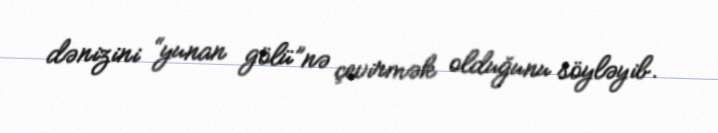
dənizini “yunan gölü”nə çevirmək olduğunu söyləyib.